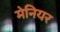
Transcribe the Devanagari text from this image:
मेनियर